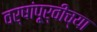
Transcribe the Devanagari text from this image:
वर्षांपू्र्वीच्या